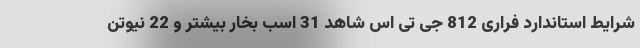
شرایط استاندارد فراری 812 جی تی اس شاهد 31 اسب بخار بیشتر و 22 نیوتن